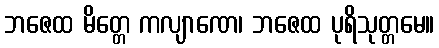
ဘဇေထ မိတ္တေ ကလျာဏေ၊ ဘဇေထ ပုရိသုတ္တမေ။